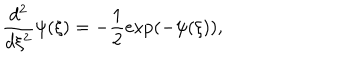
\frac { d ^ { 2 } } { d \xi ^ { 2 } } \psi ( \xi ) = - \frac { 1 } { 2 } \exp ( - \psi ( \xi ) ) ,